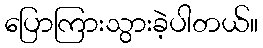
ပြောကြားသွားခဲ့ပါတယ်။